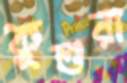
কুশুরা